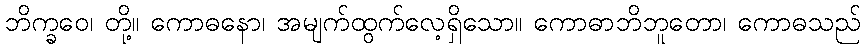
ဘိက္ခဝေ၊ တို့။ ကောဓနော၊ အမျက်ထွက်လေ့ရှိသော။ ကောဓာဘိဘူတော၊ ကောဓသည်